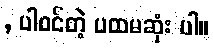
, ပါဝင်တဲ့ ပထမဆုံး ပါ။